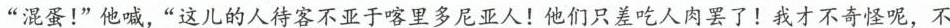
“混蛋！”他喊，”这儿的人待客不亚于喀里多尼亚人！他们只差吃人肉罢了！我才不奇怪呢，不